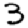
Digit: 3